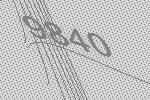
9840